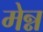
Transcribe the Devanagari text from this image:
मेन्न